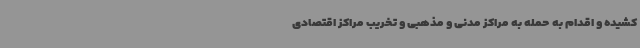
کشیده و اقدام به حمله به مراکز مدنی و مذهبی و تخریب مراکز اقتصادی